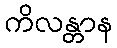
ကိလန္တာန